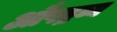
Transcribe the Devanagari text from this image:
औषद्रव्य